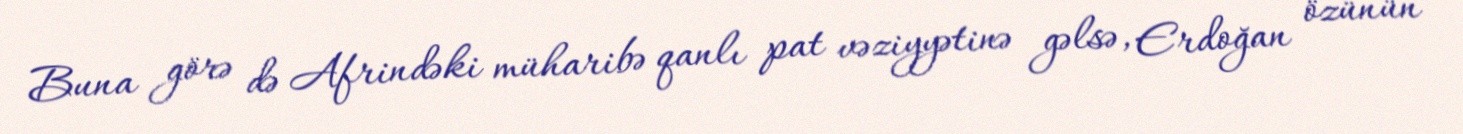
Buna görə də Afrindəki müharibə qanlı pat vəziyyətinə gəlsə, Erdoğan özünün